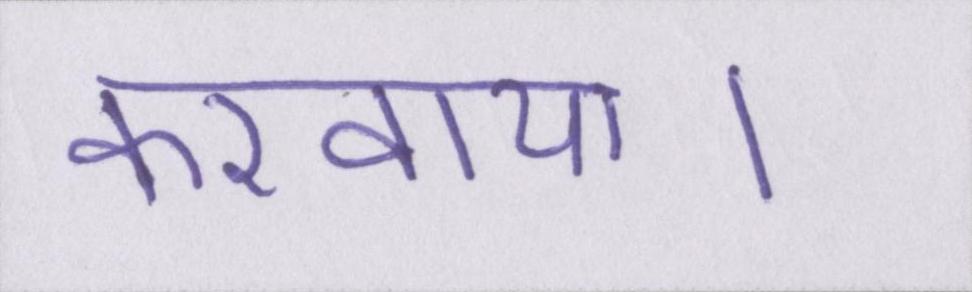
करवाया।